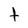
Character: t